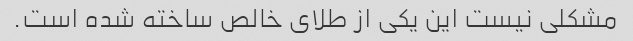
مشکلی نیست این یکی از طلای خالص ساخته شده است.